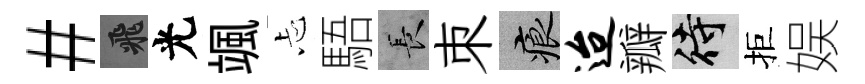
#飛光颯忐䮏长朿痕迨瓣待拒娱